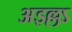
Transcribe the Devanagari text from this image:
अइल्लऽ